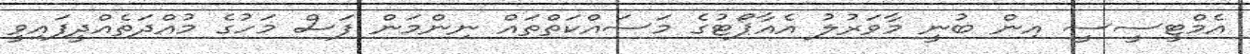
އެމްޓީސީސީ އިން ބުނީ މާވަރުލު އެއާޕޯޓުގެ މަސައްކަތްތައް ނިންމަން ފަސް މަހުގެ މުއްދަތެއްދީފައިވީ